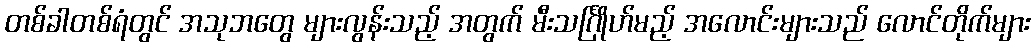
တစ်ခါတစ်ရံတွင် အသုဘတွေ များလွန်းသည့် အတွက် မီးသင်္ဂြိုဟ်မည့် အလောင်းများသည် လောင်တိုက်များ